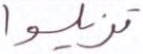
تزيلوا